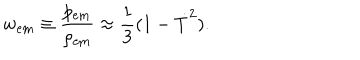
w _ { \mathrm { e m } } \equiv \frac { p _ { \mathrm { e m } } } { \rho _ { \mathrm { e m } } } \approx \frac { 1 } { 3 } ( 1 - \dot { T } ^ { 2 } ) .